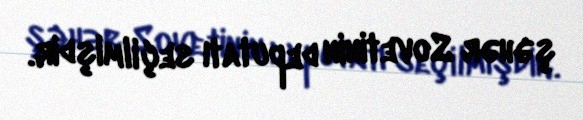
şəhər Sovetinin deputatı seçilmişdir.